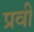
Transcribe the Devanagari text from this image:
प्रवी